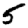
Digit: 5